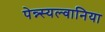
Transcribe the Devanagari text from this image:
पेन्न्स्यल्वानिया